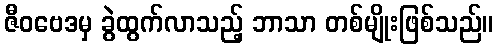
ဇီဝဗေဒမှ ခွဲထွက်လာသည့် ဘာသာ တစ်မျိုးဖြစ်သည်။